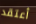
أعتقد